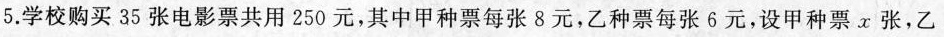
5.学校购买35张电影票共用250元，其中甲种票每张8元，乙种票每张6元，设甲